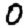
Digit: 0